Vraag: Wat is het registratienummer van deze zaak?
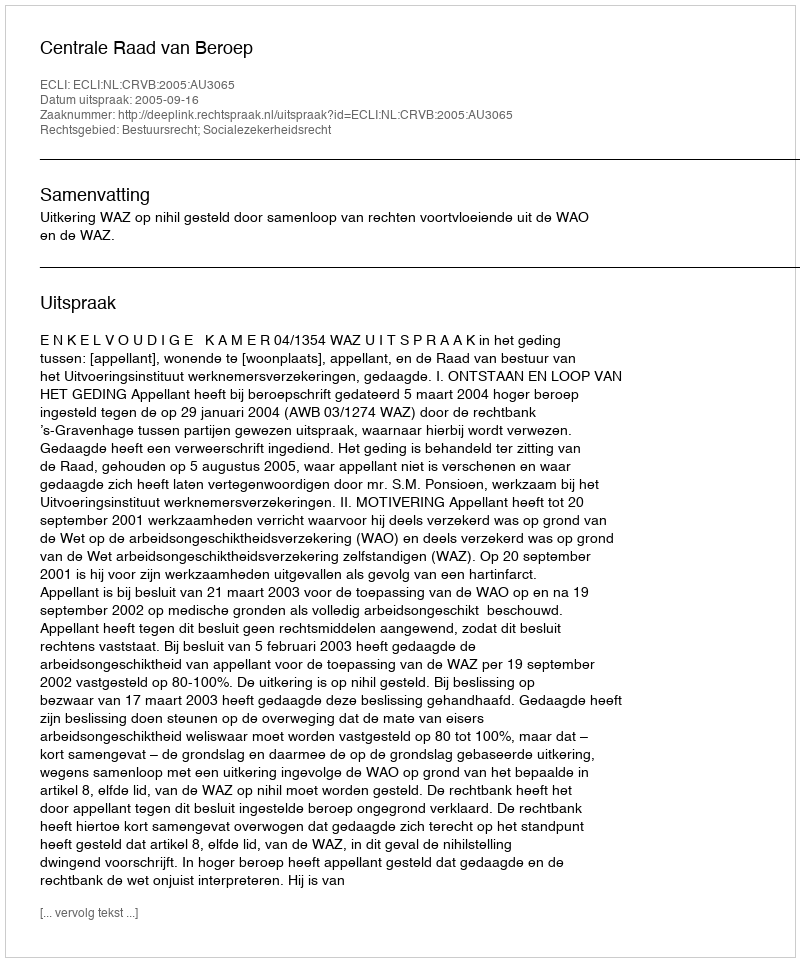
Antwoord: http://deeplink.rechtspraak.nl/uitspraak?id=ECLI:NL:CRVB:2005:AU3065